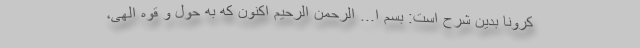
کرونا بدین شرح است: بسم ا... الرحمن الرحیم اکنون که به حول و قوه الهی،